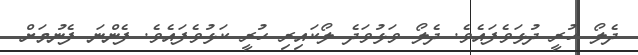
ދެލޯ ހުރީ ދުޅަވެފައެވެ. ދެލޯ ވަޅުވަދެ ލޯކައިރި ހުރީ ކަޅުވެފައެވެ. ފެންނަ ފެނުމަށް